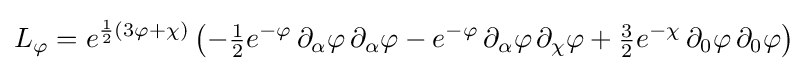
L_{\varphi }=e^{{\frac {1}{2}}(3\varphi +\chi )}\left(-{\tfrac {1}{2}}e^{-\varphi }\,\partial _{\alpha }\varphi \,\partial _{\alpha }\varphi -e^{-\varphi }\,\partial _{\alpha }\varphi \,\partial _{\chi }\varphi +{\tfrac {3}{2}}e^{-\chi }\,\partial _{0}\varphi \,\partial _{0}\varphi \right)